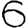
Digit: 6